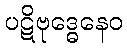
ပဋိဗုဒ္ဓေနေဝ